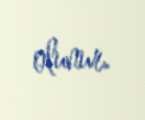
olunur.